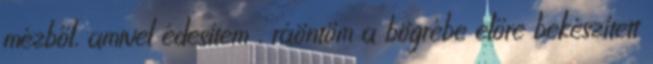
mézből, amivel édesítem , ráöntöm a bögrébe előre bekészített